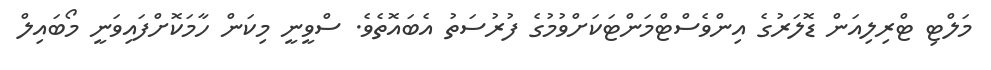
މަލްޓި ޓްރިލިއަން ޑޮލަރުގެ އިންވެސްޓްމަންޓަކަށްވުމުގެ ފުރުސަތު އެބައޮތެވެ. ސްވީނީ މިކަން ހާމަކޮށްފައިވަނީ މޯބައިލް